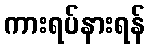
ကားရပ်နားရန်